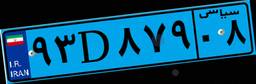
۹۳D۸۷۹۰۸